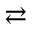
\rightleftarrows